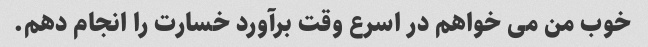
خوب من می خواهم در اسرع وقت برآورد خسارت را انجام دهم.